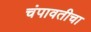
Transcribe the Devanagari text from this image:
चंपावतीचा